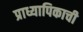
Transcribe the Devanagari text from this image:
प्राध्यापिकाची